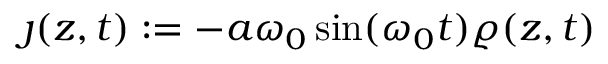
\jmath ( z , t ) : = - a \omega _ { 0 } \sin ( \omega _ { 0 } t ) \varrho ( z , t )